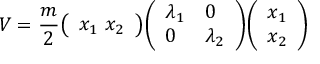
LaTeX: V = { \frac { m } { 2 } } { \left( \begin{array} { l } { x _ { 1 } \ x _ { 2 } } \end{array} \right) } { \left( \begin{array} { l l } { \lambda _ { 1 } } & { 0 } \\ { 0 } & { \lambda _ { 2 } } \end{array} \right) } { \left( \begin{array} { l } { x _ { 1 } } \\ { x _ { 2 } } \end{array} \right) }